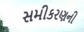
સમીકરણની